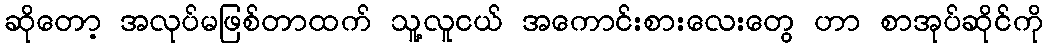
ဆိုတော့ အလုပ်မဖြစ်တာထက် သူ့လူငယ် အကောင်းစားလေးတွေ ဟာ စာအုပ်ဆိုင်ကို